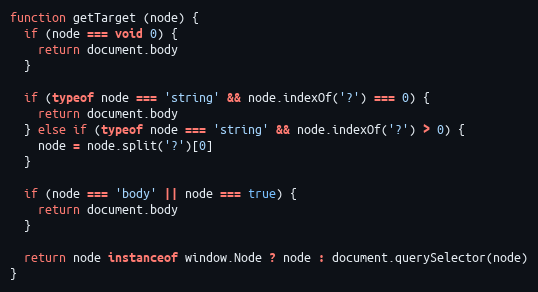
Language: JavaScript
function getTarget (node) {
  if (node === void 0) {
    return document.body
  }

  if (typeof node === 'string' && node.indexOf('?') === 0) {
    return document.body
  } else if (typeof node === 'string' && node.indexOf('?') > 0) {
    node = node.split('?')[0]
  }

  if (node === 'body' || node === true) {
    return document.body
  }

  return node instanceof window.Node ? node : document.querySelector(node)
}